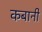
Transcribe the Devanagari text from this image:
कबानी